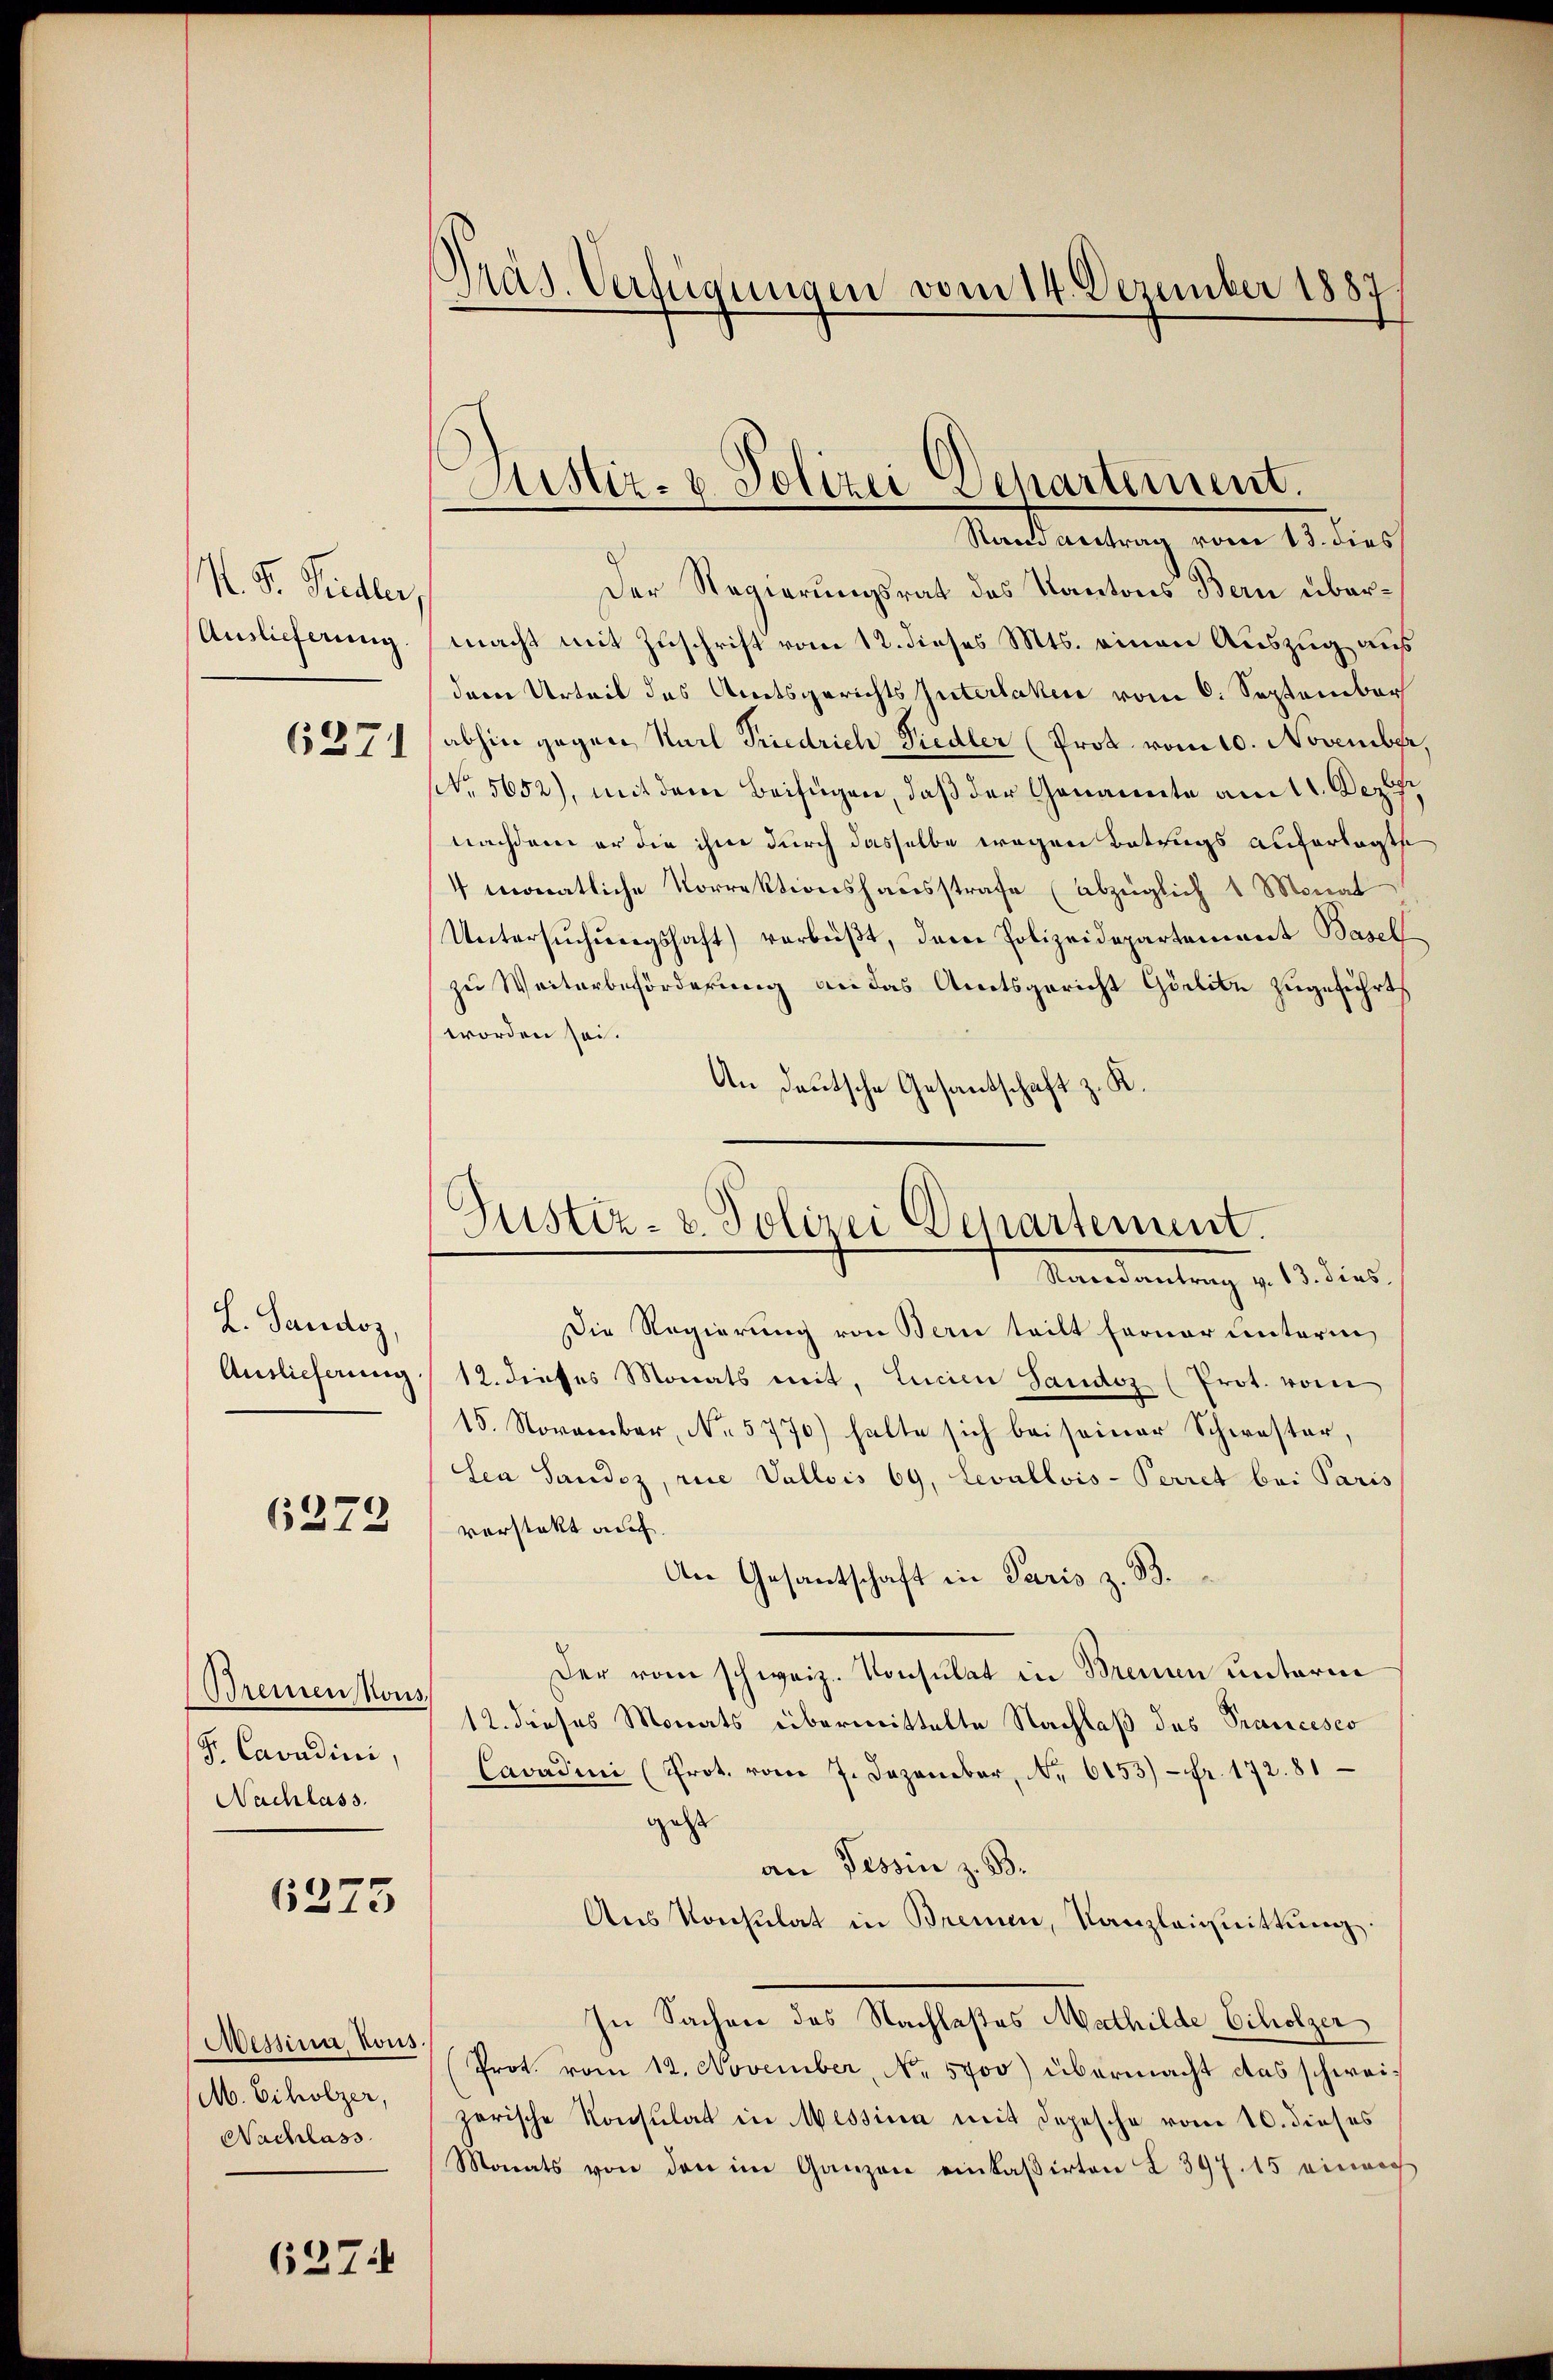
N. F. Siedler,
Auslieferung
6371

L. Sandoz,
Auslieferung

6273

Brennen Kons
F. Cavadini,
Nachlass.

6373

Messina, Kons.
M. Echolzer,
Nachlass

627.

Präs. Verfügungen vom 14. Dezember 1887

Der Regierungsrat das Kantons Bern übermacht mit Zuschrift vom 12. dieses Mts. einen Auszug aus
dem Urteil des Amtsgerichts Interlaken vom 6. September
abhin gegen Karl Siedrich Siedler (Prot. vom 10. November
NNo. 5652), mit dem Beifügen, daß der Genannte am 11. Dezbr
nachdem er die ihne durch dasselbe wegen Betrugs auferlegte
4 monatliche Vorrektionshausstrafe (abzüglich 1 Monat
Untersuchungshaft) verbüßt, den Polizeidepartement Baselzu Weiterbeförderung an das Amtsgericht Görlin zugeführt
worden sei.
An Deutsche Gesantschaft z. K.
Die Regierung von Bern teilt ferner unterm
12. dieses Monats mit, Lucien Sandoz (Prot. vom
15. November, No. 5770) hatte sich bei seiner Schwester,
len Sandoz, rie Vallois 69, Levallvis-Perret bei Paris
vorstatt auf
An Gesantschaft in Paris z. B.
Der vom schweiz. Konsulat in Brennen unterm
12. dieses Monats übermittelte Nachlaß des Prancesco
Cavadini (Prot. vom 7. Dezember, Nr. 6153) Fr. 172. 81
geht
an Tessin z. B.
Aus Konsulat in Bremen, Kanzleignittung.
In Sachen des Nachlaßes Mathilde Scholzer
Prot. vom 12. November, No. 5700) übermacht das schweizerische Konsulat in Messina mit Depesche vom 10. dieses
Monats von den im Ganzen einkaßirten I 397. 15 einer

Justiz- & Polizei Departement.
Recond vertrag vom 13. dies

Justiz- & Polizei Departement.
Randantrag v. 13. dies